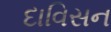
દાવિસન